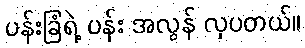
ပန်းခြံရဲ့ ပန်း အလွန် လှပတယ်။